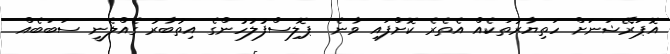
އޮޕަރޭޝަނަށް ހަތިޔާރުތަކެއް އެތެރެ ކޮށްފައި ވާނެ  ޕޮލިސްފުލުހުންގެ އިތުބާރު ގެއްލެނީ ސަބަބެއް